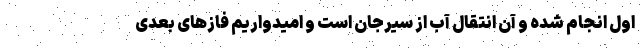
اول انجام شده و آن انتقال آب از سیرجان است و امیدواریم فازهای بعدی